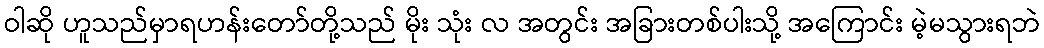
ဝါဆို ဟူသည်မှာရဟန်းတော်တို့သည် မိုး သုံး လ အတွင်း အခြားတစ်ပါးသို့ အကြောင်း မဲ့မသွားရဘဲ